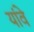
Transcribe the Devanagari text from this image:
यांवे